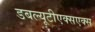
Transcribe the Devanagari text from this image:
डबल्यूटीएक्सएक्स